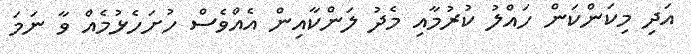
އަދި މިކަންކަން ހައްލު ކުރުމާއި މެދު ލަންކާއިން އެއްވެސް ހުށަހެޅުމެއް ވާ ނަމަ